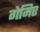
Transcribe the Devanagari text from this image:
गेमिए